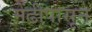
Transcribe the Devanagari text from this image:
मेंढीपासून